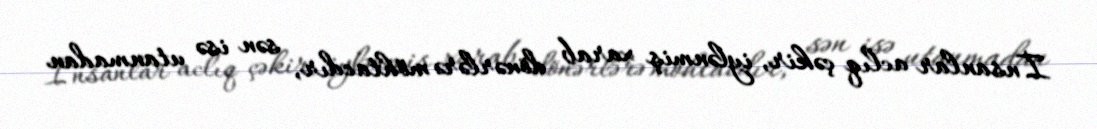
İnsanlar aclıq çəkir, iylənmiş xarab dönərlərə möhtacdır, sən isə utanmadan